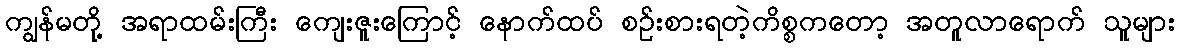
ကျွန်မတို့ အရာထမ်းကြီး ကျေးဇူးကြောင့် နောက်ထပ် စဉ်းစားရတဲ့ကိစ္စကတော့ အတူလာရောက် သူများ